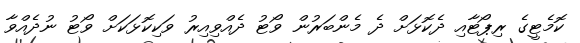
ކޮމެޓީގެ ރިޕޯޓާއި ދެކޮޅަށް ދެ މެންބަރުން ވޯޓު ދެއްވިއިރު ވަކިކޮޅަކަށް ވޯޓު ނުދެއްވާ